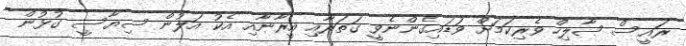
ރައީސް ޞާލިހް ވެރިކަމަށް ވަޑައިގެންނެވީ ޤަތަރާއި އީރާނާއި އެކު އަލުން ސިޔާސީ ގުޅުން